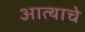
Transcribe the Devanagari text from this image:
आत्याचे